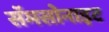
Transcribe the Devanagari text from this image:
सॅमसोनाइट